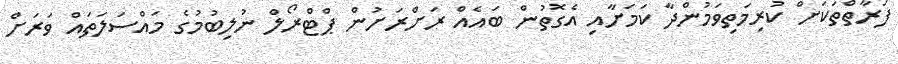
ފަރާތްތަކަށް ކުރިމަތިވަމުންދާ ކަމަށާއި އެގޮތުން ބައެއް ރަށްރަށުން ޕްޓްރޯލް ނުލިބުމުގެ މައްސަލަތައް ވަރަށް